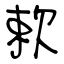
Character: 欶